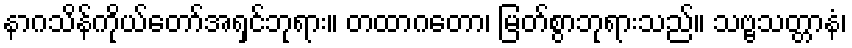
နာဂသိန်ကိုယ်တော်အရှင်ဘုရား။ တထာဂတော၊ မြတ်စွာဘုရားသည်။ သဗ္ဗသတ္တာနံ၊